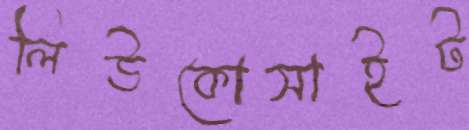
লিউকোসাইট